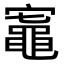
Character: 𬹟